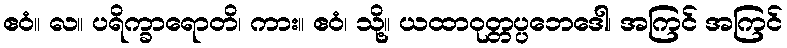
ဧဝံ။ လ။ ပရိက္ခာရောတိ၊ ကား။ ဧဝံ၊ သို့။ ယထာဝုတ္တပ္ပဘေဒေါ၊ အကြင် အကြင်